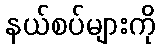
နယ်စပ်များကို